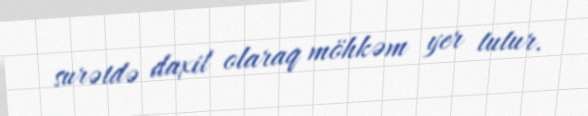
surətdə daxil olaraq möhkəm yer tutur.